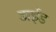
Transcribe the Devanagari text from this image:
डाईड